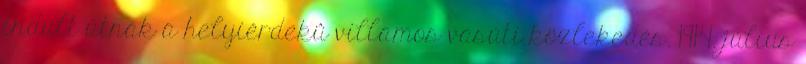
indult útnak a helyiérdekû villamos vasúti közlekedés. 1914. július